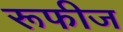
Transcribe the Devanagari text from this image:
रूफीज